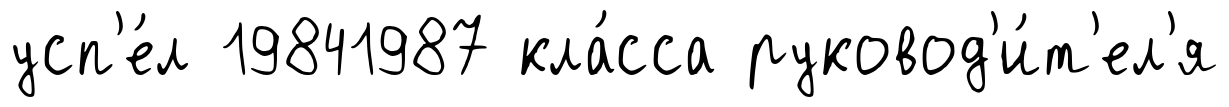
усп'е́л 19841987 кла́сса руковод'и́т'ел'я